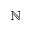
\mathbb { N }